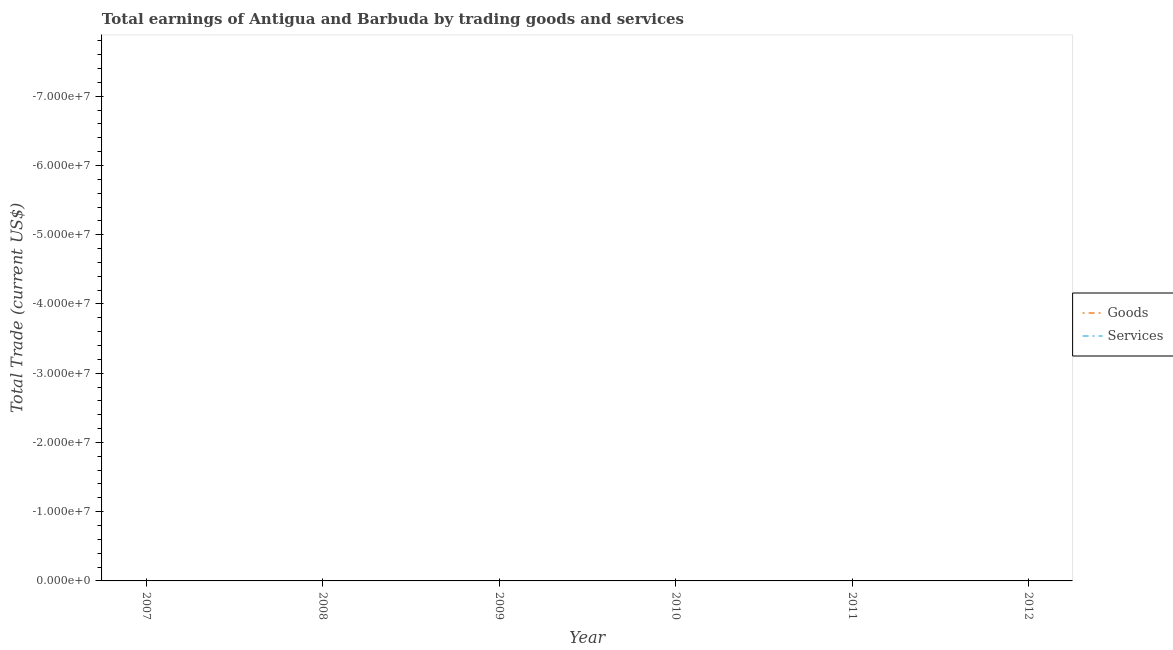
| Year | Goods | Services |
 | --- | --- | --- |
 | 2007 | -5.9e+08 | -3.51e+08 |
 | 2008 | -6.05e+08 | -3.27e+08 |
 | 2009 | -4.28e+08 | -1.45e+08 |
 | 2010 | -4.08e+08 | -1.55e+08 |
 | 2011 | -3.75e+08 | -1.04e+08 |
 | 2012 | -4.25e+08 | -1.46e+08 |